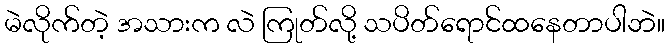
မဲလိုက်တဲ့ အသားက လဲ ကြုတ်လို့ သပိတ်ရောင်ထနေတာပါဘဲ။